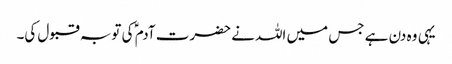
یہی وہ دن ہے جس میں اللہ نے حضرت آدم ؑ کی توبہ قبول کی۔